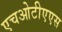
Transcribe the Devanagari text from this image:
एचओटीएएस